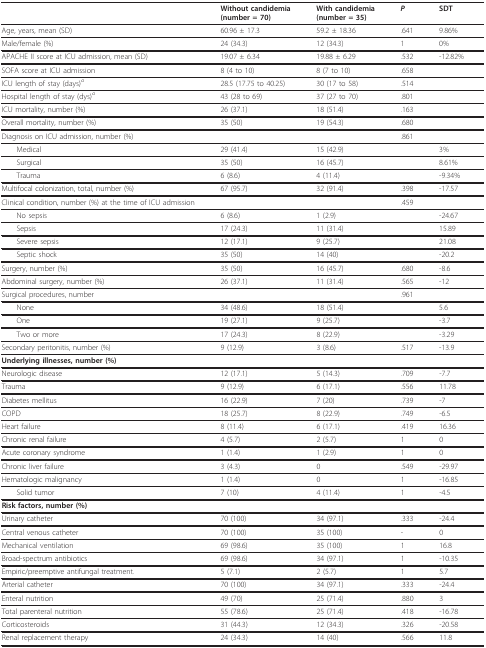
<table><thead><tr><td></td><td><b>Without candidemia(number = 70)</b></td><td><b>With candidemia(number = 35)</b></td><td><b><i>P</i></b></td><td><b>SDT</b></td></tr></thead><tbody><tr><td>Age, years, mean (SD)</td><td>60.96 ± 17.3</td><td>59.2 ± 18.36</td><td>.641</td><td>9.86%</td></tr><tr><td>Male/female (%)</td><td>24 (34.3)</td><td>12 (34.3)</td><td>1</td><td>0%</td></tr><tr><td>APACHE II score at ICU admission, mean (SD)</td><td>19.07 ± 6.34</td><td>19.88 ± 6.29</td><td>.532</td><td>-12.82%</td></tr><tr><td>SOFA score at ICU admission</td><td>8 (4 to 10)</td><td>8 (7 to 10)</td><td>.658</td><td></td></tr><tr><td>ICU length of stay (days)<sup><i>a</i></sup></td><td>28.5 (17.75 to 40.25)</td><td>30 (17 to 58)</td><td>.514</td><td></td></tr><tr><td>Hospital length of stay (dys)<sup><i>a </i></sup></td><td>43 (28 to 69)</td><td>37 (27 to 70)</td><td>.801</td><td></td></tr><tr><td>ICU mortality, number (%)</td><td>26 (37.1)</td><td>18 (51.4)</td><td>.163</td><td></td></tr><tr><td>Overall mortality, number (%)</td><td>35 (50)</td><td>19 (54.3)</td><td>.680</td><td></td></tr><tr><td>Diagnosis on ICU admission, number (%)</td><td></td><td></td><td>.861</td><td></td></tr><tr><td> Medical</td><td>29 (41.4)</td><td>15 (42.9)</td><td></td><td>3%</td></tr><tr><td> Surgical</td><td>35 (50)</td><td>16 (45.7)</td><td></td><td>8.61%</td></tr><tr><td> Trauma</td><td>6 (8.6)</td><td>4 (11.4)</td><td></td><td>-9.34%</td></tr><tr><td>Multifocal colonization, total, number (%)</td><td>67 (95.7)</td><td>32 (91.4)</td><td>.398</td><td>-17.57</td></tr><tr><td>Clinical condition, number (%) at the time of ICU admission</td><td></td><td></td><td>.459</td><td></td></tr><tr><td> No sepsis</td><td>6 (8.6)</td><td>1 (2.9)</td><td></td><td>-24.67</td></tr><tr><td> Sepsis</td><td>17 (24.3)</td><td>11 (31.4)</td><td></td><td>15.89</td></tr><tr><td> Severe sepsis</td><td>12 (17.1)</td><td>9 (25.7)</td><td></td><td>21.08</td></tr><tr><td> Septic shock</td><td>35 (50)</td><td>14 (40)</td><td></td><td>-20.2</td></tr><tr><td>Surgery, number (%)</td><td>35 (50)</td><td>16 (45.7)</td><td>.680</td><td>-8.6</td></tr><tr><td>Abdominal surgery, number (%)</td><td>26 (37.1)</td><td>11 (31.4)</td><td>.565</td><td>-12</td></tr><tr><td>Surgical procedures, number</td><td></td><td></td><td>.961</td><td></td></tr><tr><td> None</td><td>34 (48.6)</td><td>18 (51.4)</td><td></td><td>5.6</td></tr><tr><td> One</td><td>19 (27.1)</td><td>9 (25.7)</td><td></td><td>-3.7</td></tr><tr><td> Two or more</td><td>17 (24.3)</td><td>8 (22.9)</td><td></td><td>-3.29</td></tr><tr><td>Secondary peritonitis, number (%)</td><td>9 (12.9)</td><td>3 (8.6)</td><td>.517</td><td>-13.9</td></tr><tr><td><b>Underlying illnesses, number (%)</b></td><td></td><td></td><td></td><td></td></tr><tr><td>Neurologic disease</td><td>12 (17.1)</td><td>5 (14.3)</td><td>.709</td><td>-7.7</td></tr><tr><td>Trauma</td><td>9 (12.9)</td><td>6 (17.1)</td><td>.556</td><td>11.78</td></tr><tr><td>Diabetes mellitus</td><td>16 (22.9)</td><td>7 (20)</td><td>.739</td><td>-7</td></tr><tr><td>COPD</td><td>18 (25.7)</td><td>8 (22.9)</td><td>.749</td><td>-6.5</td></tr><tr><td>Heart failure</td><td>8 (11.4)</td><td>6 (17.1)</td><td>.419</td><td>16.36</td></tr><tr><td>Chronic renal failure</td><td>4 (5.7)</td><td>2 (5.7)</td><td>1</td><td>0</td></tr><tr><td>Acute coronary syndrome</td><td>1 (1.4)</td><td>1 (2.9)</td><td>1</td><td>0</td></tr><tr><td>Chronic liver failure</td><td>3 (4.3)</td><td>0</td><td>.549</td><td>-29.97</td></tr><tr><td>Hematologic malignancy</td><td>1 (1.4)</td><td>0</td><td>1</td><td>-16.85</td></tr><tr><td> Solid tumor</td><td>7 (10)</td><td>4 (11.4)</td><td>1</td><td>-4.5</td></tr><tr><td><b>Risk factors, number (%)</b></td><td></td><td></td><td></td><td></td></tr><tr><td>Urinary catheter</td><td>70 (100)</td><td>34 (97.1)</td><td>.333</td><td>-24.4</td></tr><tr><td>Central venous catheter</td><td>70 (100)</td><td>35 (100)</td><td>-</td><td>0</td></tr><tr><td>Mechanical ventilation</td><td>69 (98.6)</td><td>35 (100)</td><td>1</td><td>16.8</td></tr><tr><td>Broad-spectrum antibiotics</td><td>69 (98.6)</td><td>34 (97.1)</td><td>1</td><td>-10.35</td></tr><tr><td>Empiric/preemptive antifungal treatment.</td><td>5 (7.1)</td><td>2 (5.7)</td><td>1</td><td>5.7</td></tr><tr><td>Arterial catheter</td><td>70 (100)</td><td>34 (97.1)</td><td>.333</td><td>-24.4</td></tr><tr><td>Enteral nutrition</td><td>49 (70)</td><td>25 (71.4)</td><td>.880</td><td>3</td></tr><tr><td>Total parenteral nutrition</td><td>55 (78.6)</td><td>25 (71.4)</td><td>.418</td><td>-16.78</td></tr><tr><td>Corticosteroids</td><td>31 (44.3)</td><td>12 (34.3)</td><td>.326</td><td>-20.58</td></tr><tr><td>Renal replacement therapy</td><td>24 (34.3)</td><td>14 (40)</td><td>.566</td><td>11.8</td></tr></tbody></table>